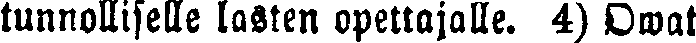
tunnolliselle lasten opettajalle. 4) Owat